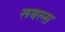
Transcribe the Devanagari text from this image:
रूबल्स